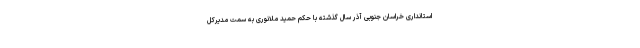
استانداری خراسان جنوبی آذر سال گذشته با حکم حمید ملانوری به سمت مدیرکل